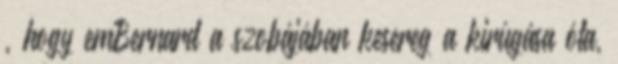
, hogy emBernard a szobájában kesereg a kirúgása óta,